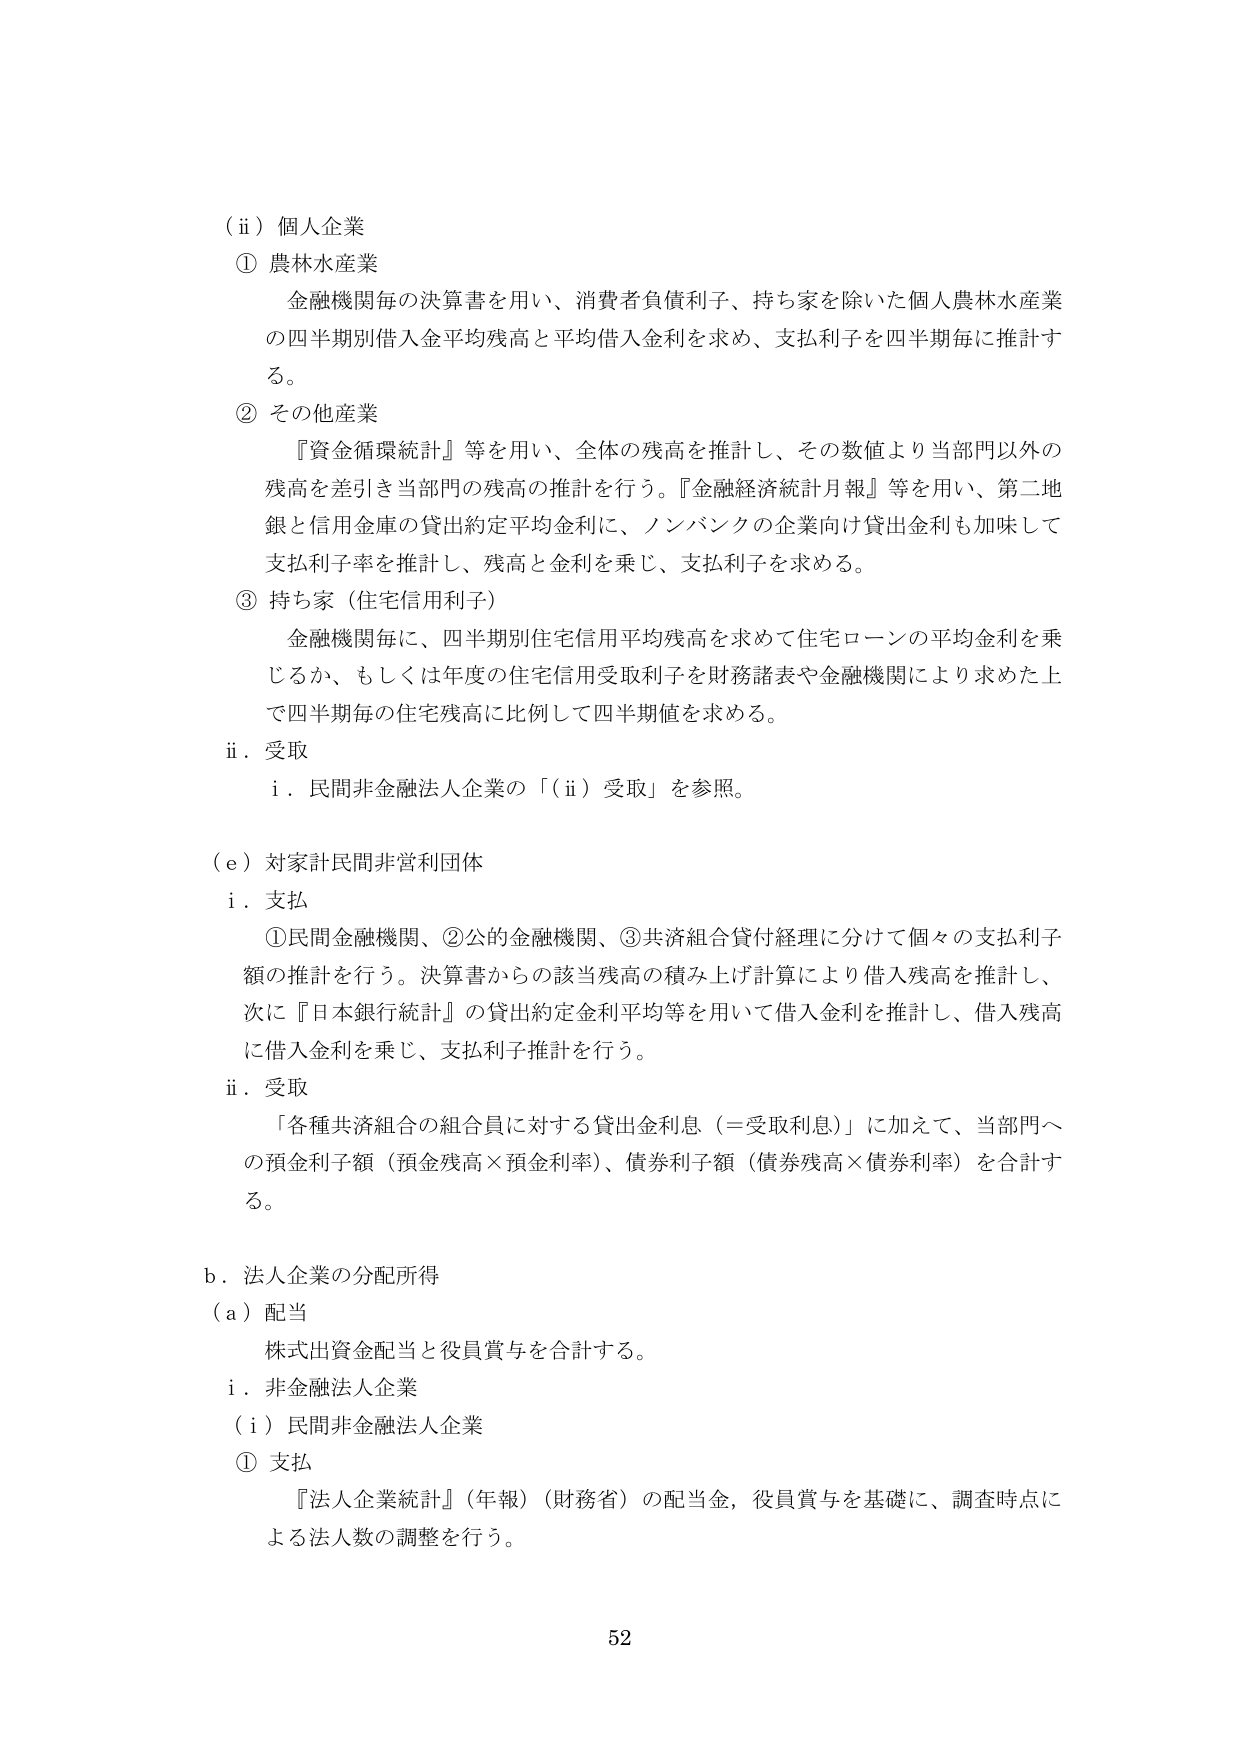
（ⅱ）個人企業
① 農林水産業
　金融機関毎の決算書を用い、消費者負債利子、持ち家を除いた個人農林水産業の四半期別借入金平均残高と平均借入金利を求め、支払利子を四半期毎に推計する。
② その他産業
　『資金循環統計』等を用い、全体の残高を推計し、その数値より当部門以外の残高を差引き当部門の残高の推計を行う。『金融経済統計月報』等を用い、第二地銀と信用金庫の貸出約定平均金利に、ノンバンクの企業向け貸出金利も加味して支払利子率を推計し、残高と金利を乗じ、支払利子を求める。
③ 持ち家（住宅信用利子）
　金融機関毎に、四半期別住宅信用平均残高を求めて住宅ローンの平均金利を乗じるか、もしくは年度の住宅信用受取利子を財務諸表や金融機関により求めた上で四半期毎の住宅残高に比例して四半期値を求める。
ⅱ．受取
　ⅰ．民間非金融法人企業の「（ⅱ）受取」を参照。

（ｅ）対家計民間非営利団体
ⅰ．支払
　①民間金融機関、②公的金融機関、③共済組合貸付経理に分けて個々の支払利子額の推計を行う。決算書からの該当残高の積み上げ計算により借入残高を推計し、次に『日本銀行統計』の貸出約定金利平均等を用いて借入金利を推計し、借入残高に借入金利を乗じ、支払利子推計を行う。
ⅱ．受取
　「各種共済組合の組合員に対する貸出金利息（＝受取利息）」に加えて、当部門への預金利子額（預金残高×預金利率）、債券利子額（債券残高×債券利率）を合計する。

ｂ．法人企業の分配所得
（ａ）配当
　株式出資金配当と役員賞与を合計する。
ⅰ．非金融法人企業
（ⅰ）民間非金融法人企業
① 支払
　『法人企業統計』（年報）（財務省）の配当金、役員賞与を基礎に、調査時点による法人数の調整を行う。

52